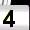
Digit: 4